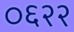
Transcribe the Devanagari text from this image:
०६२२